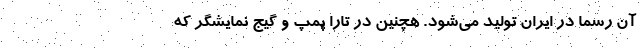
آن رسما در ایران تولید می‌شود. هچنین در تارا پمپ و گیج نمایشگر که